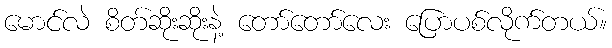
မောင်လဲ စိတ်ဆိုးဆိုးနဲ့ တော်တော်လေး ပြောပစ်လိုက်တယ်။